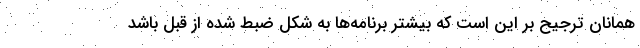
همانان ترجیح بر این است که بیشتر برنامه‌ها به شکل ضبط شده از قبل باشد